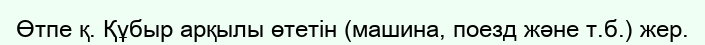
Өтпе қ. Құбыр арқылы өтетін (машина, поезд және т.б.) жер.